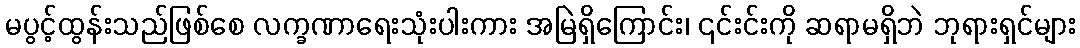
မပွင့်ထွန်းသည်ဖြစ်စေ လက္ခဏာရေးသုံးပါးကား အမြဲရှိကြောင်း၊ ၎င်းင်းကို ဆရာမရှိဘဲ ဘုရားရှင်များ